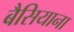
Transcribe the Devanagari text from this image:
बैसियाना